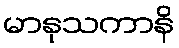
မာနုသကာနိ